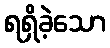
ရရှိခဲ့သော